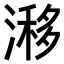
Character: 𣻗